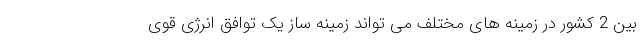
بین 2 کشور در زمینه های مختلف می تواند زمینه ساز یک توافق انرژی قوی